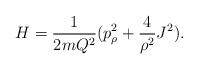
LaTeX: \begin{align*}H = \frac{1}{2mQ^2}(p_\rho^2 + \frac{4}{\rho^2} J^2).\end{align*}